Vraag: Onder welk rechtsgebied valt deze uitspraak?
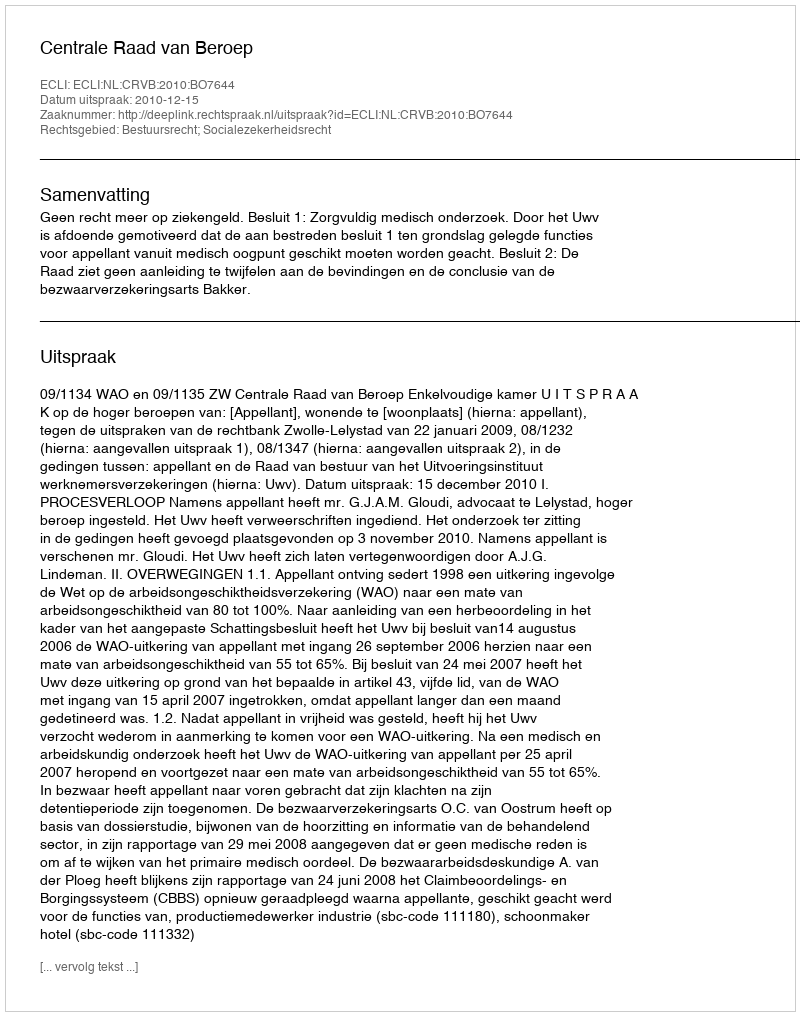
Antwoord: Bestuursrecht; Socialezekerheidsrecht